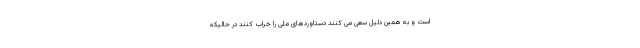
است و به همین دلیل سعی می کنند دستاوردهای ملی را خراب کنند در حالیکه